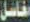
مغاسل